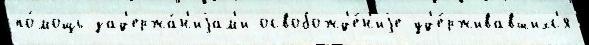
по́мощь зад'ержа́н'иjам'и освобожд'е́н'иjе уд'е́рживавшихс'я